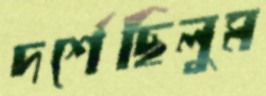
দর্শেছিলুম